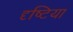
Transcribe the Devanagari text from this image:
दृष्टिया